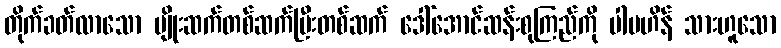
တိုက်ခတ်လာသော မျိုးဆက်တစ်ဆက်ပြီးတစ်ဆက် ဒေါ်အောင်ဆန်းစုကြည်ကို ပါပဟိန် သားဟူသော